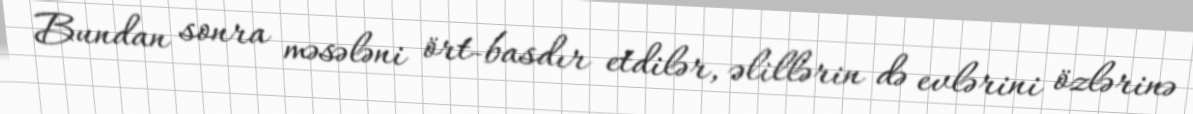
Bundan sonra məsələni ört-basdır etdilər, əlillərin də evlərini özlərinə